Proceedings of the meeting of veterinary officers in India
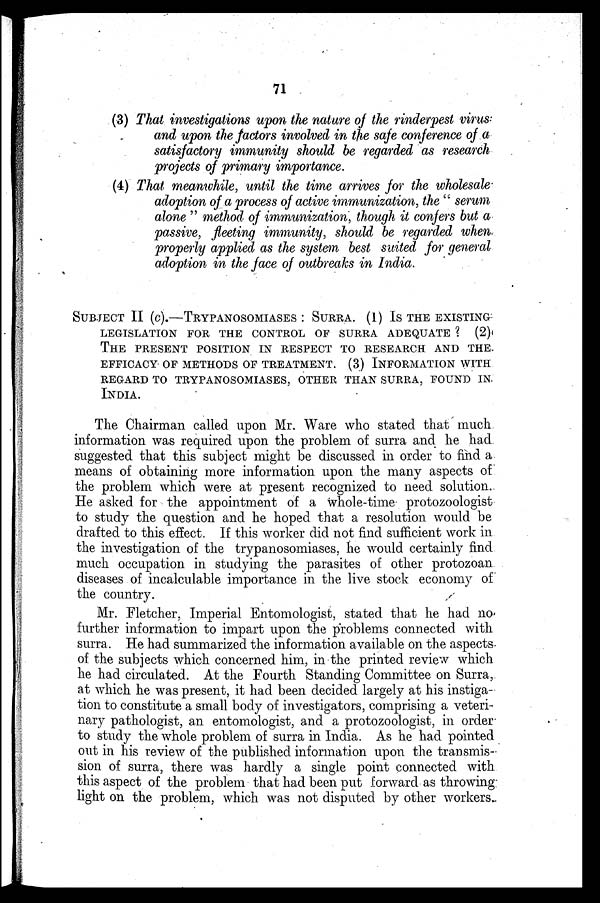
71
(3) That investigations upon the nature of the rinderpest virus
and upon the factors involved in the safe conference of a
satisfactory immunity should be regarded as research
projects of primary importance.
(4) That meanwhile, until the time arrives for the wholesale
adoption of a process of active immunization, the "serum
alone" method of immunization, though it confers but a
passive, fleeting immunity, should be regarded when
properly applied as the system best suited for general
adoption in the face of outbreaks in India.
SUBJECT II (c).—TRYPANOSOMIASES: SURRA. (1) Is THE EXISTING
LEGISLATION FOR THE CONTROL OF SURRA ADEQUATE? (2)
THE PRESENT POSITION IN RESPECT TO RESEARCH AND THE
EFFICACY OF METHODS OF TREATMENT. (3) INFORMATION WITH
REGARD TO TRYPANOSOMIASES, OTHER THAN SURRA, FOUND IN
INDIA.
The Chairman called upon Mr. Ware who stated that much
information was required upon the problem of surra and he had
suggested that this subject might be discussed in order to find a
means of obtaining more information upon the many aspects of
the problem which were at present recognized to need solution.
He asked for the appointment of a whole-time protozoologist
to study the question and he hoped that a resolution would be
drafted to this effect. If this worker did not find sufficient work in
the investigation of the trypanosomiases, he would certainly find
much occupation in studying the parasites of other protozoan
diseases of incalculable importance in the live stock economy of
the country.
Mr. Fletcher, Imperial Entomologist, stated that he had no
further information to impart upon the problems connected with
surra. He had summarized the information available on the aspects
of the subjects which concerned him, in the printed review which
he had circulated. At the Fourth Standing Committee on Surra,
at which he was present, it had been decided largely at his instiga-
tion to constitute a small body of investigators, comprising a veteri-
nary pathologist, an entomologist, and a protozoologist, in order
to study the whole problem of surra in India. As he had pointed
out in his review of the published information upon the transmis-
sion of surra, there was hardly a single point connected with
this aspect of the problem that had been put forward as throwing
light on the problem, which was not disputed by other workers.